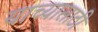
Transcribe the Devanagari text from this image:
याच्यासाठी